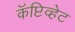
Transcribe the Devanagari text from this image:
कॅप्टिव्हेट